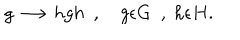
g \longrightarrow h g h \ \ , g \epsilon G \ \ , \ h \epsilon H .